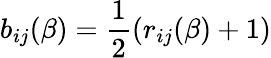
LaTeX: b_{ij}(\beta)=\frac{1}{2}\left(r_{ij}(\beta)+1\right)